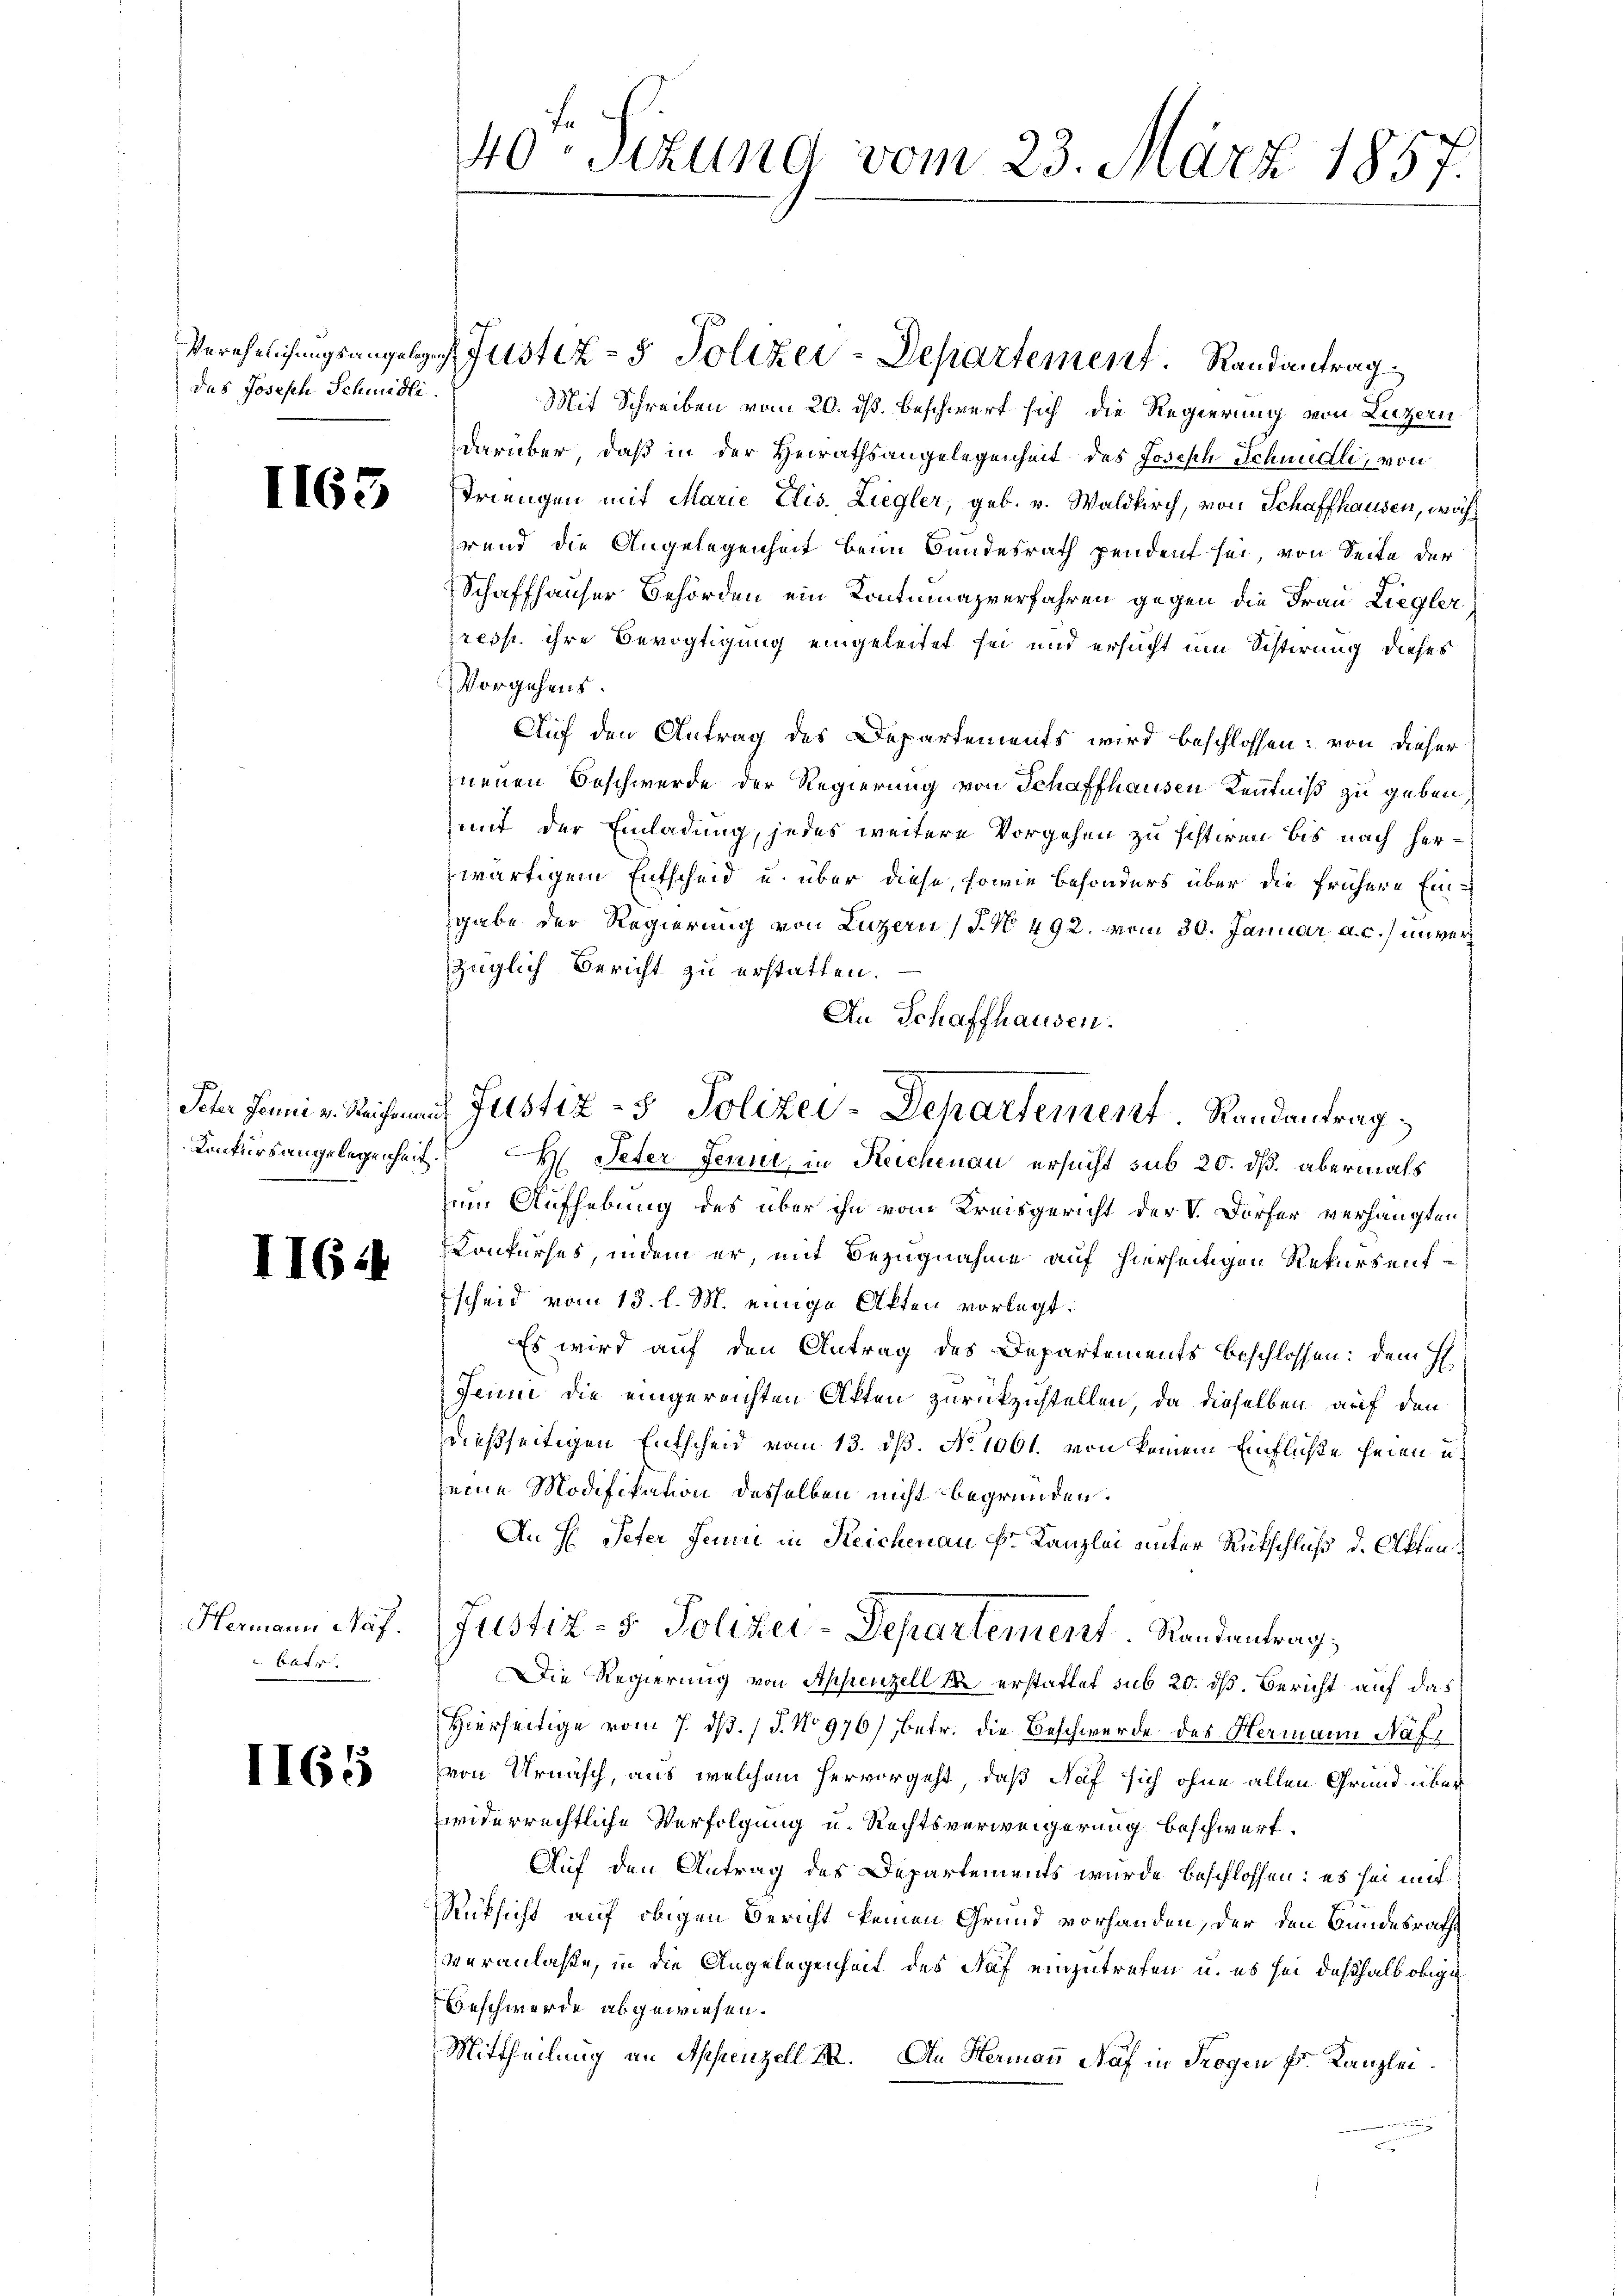
das Josesch Schmidli

II

3

Peter Jenni v. Reichenau
Konkurs angelegenheit.

(164

Hermann Näf.
u Betr

1165

40ten Sizung vom 23. März 1857.

Verehelichungsangelegen Justiz- & Polizei-Departement.   Randantrag
Mit Schreiben vom 20. ds. beschwert sich die Regierung von Luzern
darüber, daß in der Heirathsangelegenheit des Joseph Schnudli, von
Triengen mit Marie Elis. Liegler, geb. v. Waldkirch, von Schaffhausen, während die Angelegenheit beim Bundesrath pendent sei, von Seite der
Schaffhauser Behörden ein Kontumazverfahren gegen die Frau Liegler
resp. ihre Bevogtigung eingeleitet sei und ersucht um Schirung dieses
Vorgehens.
Auf den Antrag des Departements wird beschlossen: von dieser
neuen Beschwerde der Regierung von Schaffhausen Kenntniß zu geben,
mit der Einladung, jedes weitere Vorgehen zu sistiren bis nach herwärtigem Entscheid u. über diese, sowie besonders über die frühere Eingabe der Regierung von Luzern (S. 492. vom 30. Januar a. c.) unver
züglich Bericht zu erstatten.
An Schaffhausen.
H. Peter Jenni, in Reichenau ersucht sub 20. dß. abermals
zum Aufhebung des über ihn vom Kreisgericht der V. Dorfer verhängten
Conkurses, indem er, mit Bezugnahme auf hierseitigen Rekursentscheid vom 13. l. M. einige Akten vorlegt:
Es wird auf den Antrag des Departements beschlossen: dem H.
Jenne die eingereichten Akten zurückzustellen, da dieselben auf den
dießseitigen Entscheid vom 13. dß. No 1061. von keinem Einfliche seien u.
seine Modifikation desselben nicht begründen.
An H: Peter Jenni in Reichenau Fr. Kanzlei unter Rückschluß d. Offen
Justiz- & Polizei-Departement Randantrag
Die Regierung von Appenzell M. erstattet sub 20. dß. Bericht auf das
Hierseitige vom 7. ds. / 5. No 976/, betr. die Beschwerde des Hermann Näfvon Urnasch, aus welchem hervorgeht, daß Naf sich ohne allen Grund überwiderrechtliche Verfolgung u. Rechtsverweigerung beschwert.
Auf den Antrag des Departements wurde beschlossen: es sei mit
Rücksicht auf obigen Bericht keinen Grund vorhanden, der den Bundesrathe
veranlasse, in die Angelegenheit des Saf einzutrefen u. es sei deßhalb obige
Beschwerde abgewiesen.
Mittheilung an Appenzell III. An Hermann Näf in Seegen Fr. Kanzlei

d Justiz- & Polizei-Departement. Randantrag